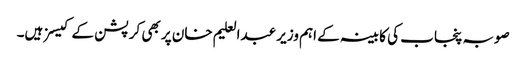
صوبہ پنجاب کی کابینہ کے اہم وزیر عبدالعلیم خان پر بھی کرپشن کے کیسز ہیں۔